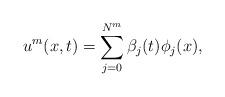
LaTeX: \begin{align*}u^m(x,t)=\sum_{j=0}^{N^m}\beta_j(t)\phi_j(x),\end{align*}